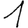
Digit: 1